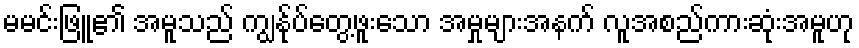
မမင်းဖြူ၏ အမူသည် ကျွန်ုပ်တွေ့ဖူးသော အမှုများအနက် လူအစည်ကားဆုံးအမူဟု